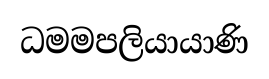
ධමමපලියායාණි